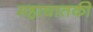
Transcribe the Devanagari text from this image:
महाघातकी